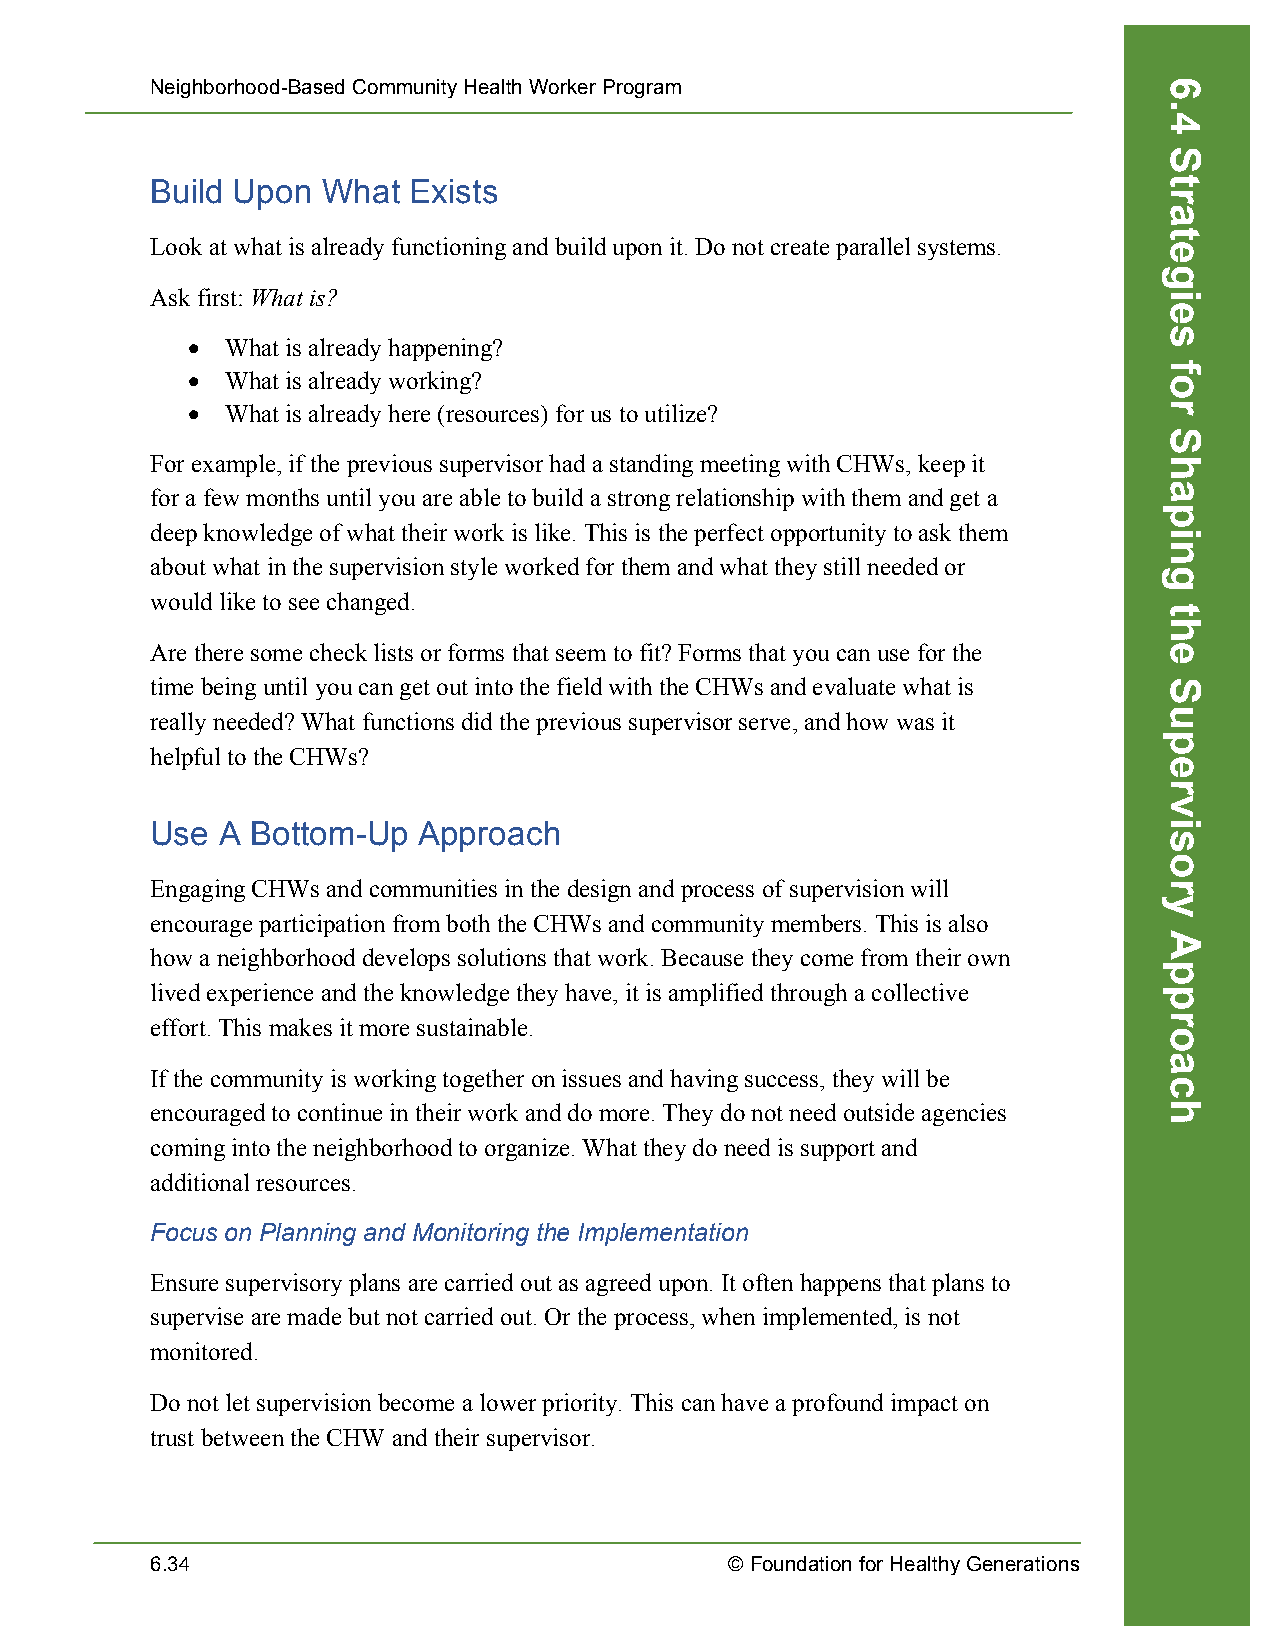
Neighborhood-Based Community Health Worker Program
 Build Upon What  Exists
 Look at what is already functioning and build upon it. Do not create parallel systems.
 Ask first: What is?
 •  What is already happening?
 •  What is already working?
 •  What is already here (resources) for us to utilize?
 For example, if the previous supervisor had a standing meeting with CHWs, keep it
 for a few months until you are able to build a strong relationship with them and get a
 deep knowledge of what their work is like. This is the perfect opportunity to ask them
 about what in the supervision style worked for them and what they still needed or
 would like to see changed.
 Are there some check lists or forms that seem to fit? Forms that you can use for the
 time being until you can get out into the field with the CHWs and evaluate what is
 really needed? What functions did the previous supervisor serve, and how was it
 helpful to the CHWs?
 Use A  Bottom-Up  Approach
 Engaging CHWs and communities in the design and process of supervision will
 encourage participation from both the CHWs and community members. This is also
 how a neighborhood develops solutions that work. Because they come from their own
 lived experience and the knowledge they have, it is amplified through a collective
 effort. This makes it more sustainable.
 If the community is working together on issues and having success, they will be
 encouraged to continue in their work and do more. They do not need outside agencies
 coming into the neighborhood to organize. What they do need is support and
 additional resources.
 Focus on Planning and Monitoring the Implementation
 Ensure supervisory plans are carried out as agreed upon. It often happens that plans to
 supervise are made but not carried out. Or the process, when implemented, is not
 monitored.
 Do not let supervision become a lower priority. This can have a profound impact on
 trust between the CHW and their supervisor.
 6.34                                  © Foundation for Healthy Generations
 6.4
 Strategies
 for
 Shaping
 the
 Supervisory
 Approach